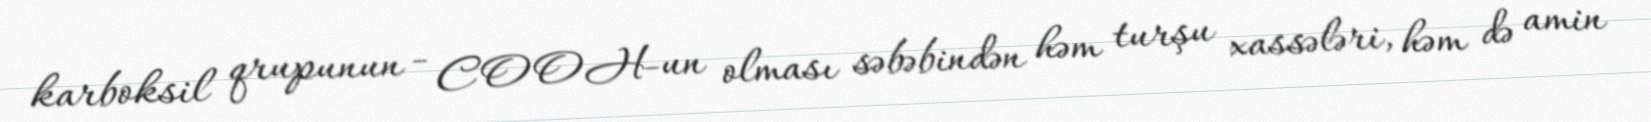
karboksil qrupunun - COOH-un olması səbəbindən həm turşu xassələri, həm də amin